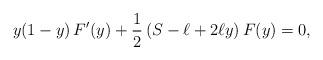
LaTeX: \begin{align*} y(1-y)\,F'(y)+\frac12\left(S-\ell+2\ell y\right)F(y)=0,\end{align*}